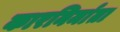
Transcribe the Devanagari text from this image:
कारनिर्माता